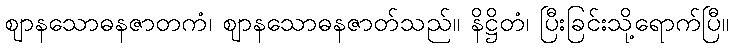
ဈာနသောဓနဇာတကံ၊ ဈာနသောဓနဇာတ်သည်။ နိဋ္ဌိတံ၊ ပြီးခြင်းသို့ရောက်ပြီ။